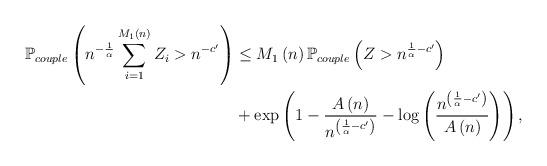
LaTeX: \begin{align*}\mathbb{P}_{couple}\left(n^{-\frac{1}{\alpha}}\sum_{i=1}^{M_{1}\left(n\right)}Z_{i}>n^{-c'}\right) & \leq M_{1}\left(n\right)\mathbb{P}_{couple}\left(Z>n^{\frac{1}{\alpha}-c'}\right)\\ & +\exp\left(1-\frac{A\left(n\right)}{n^{\left(\frac{1}{\alpha}-c'\right)}}-\log\left(\frac{n^{\left(\frac{1}{\alpha}-c'\right)}}{A\left(n\right)}\right)\right),\end{align*}